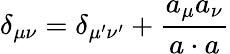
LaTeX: \delta_{\mu\nu}=\delta_{\mu^{\prime}\nu^{\prime}}+{\frac{a_{\mu}a_{\nu}}{a\cdot a}}